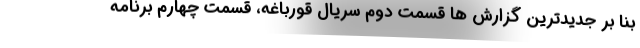
بنا بر جدیدترین گزارش ها قسمت دوم سریال قورباغه، قسمت چهارم برنامه